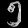
Digit: ၅